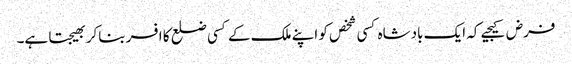
فرض کیجیے کہ ایک بادشاہ کسی شخص کو اپنے ملک کے کسی ضلع کا افسر بناکر بھیجتا ہے۔